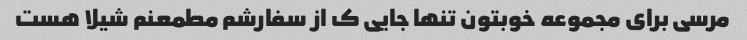
مرسی برای مجموعه خوبتون تنها جایی ک از سفارشم مطمعنم شیلا هست